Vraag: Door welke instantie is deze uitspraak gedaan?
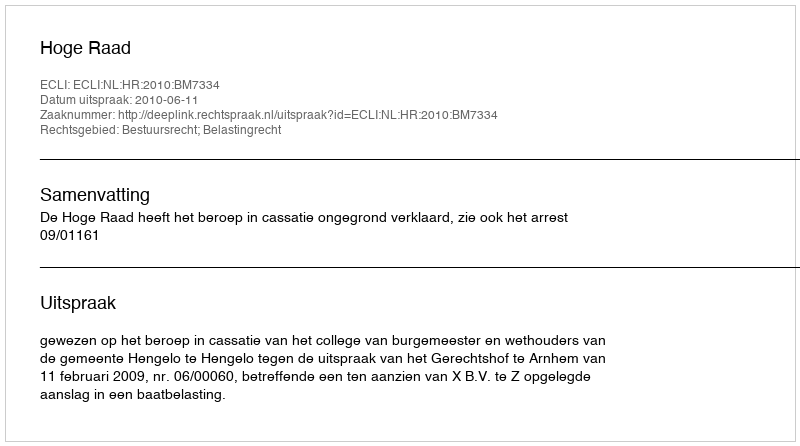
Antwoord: Hoge Raad